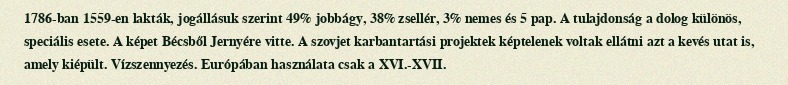
1786-ban 1559-en lakták, jogállásuk szerint 49% jobbágy, 38% zsellér, 3% nemes és 5 pap. A tulajdonság a dolog különös, speciális esete. A képet Bécsből Jernyére vitte. A szovjet karbantartási projektek képtelenek voltak ellátni azt a kevés utat is, amely kiépült. Vízszennyezés. Európában használata csak a XVI.-XVII.